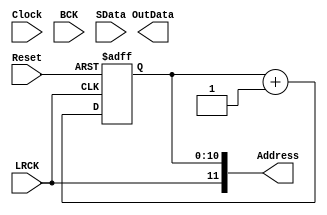
//Right Justified EBRRAM
/* Portlist
WaveCacher #(.bw_dpram().,bw_data()) wc
	(.Clock,.BCK(),.LRCK(),.Reset(),.SData().
	,.Address(),.OutData()); 
*/

module WaveCacher
	////////////////////////////////////////////////////
	// Parameters
#(
	parameter bw_dpram = 12,
	parameter bw_data = 16
)
	////////////////////////////////////////////////////
	// Ports
(
	input Clock,BCK,LRCK,Reset,SData,
	output [bw_dpram-1:0] Address, //EBRRAM Address
	output reg [bw_data-1:0] OutData
);
	
	////////////////////////////////////////////////////
	// Registers
	reg [23:0] r_Sreg;
	reg [bw_dpram-2:0] rAddress;
	
	//Shift Register
	always@ (posedge BCK or posedge Reset) begin	//Bit Clock
		if(Reset) begin
			r_Sreg	<= 1'b0 << bw_data-1;
		end else begin
			r_Sreg	<= {r_Sreg[22:0],SData};
		end
	end
	
	assign Address[bw_dpram-1] = LRCK;
	assign Address[bw_dpram-2:0] = rAddress;
	always@	(negedge LRCK or posedge Reset) begin	//LRClock
		if(Reset) begin
			rAddress	<= 0;
		end else begin
			rAddress <= rAddress + 1;
		end
	end
	
endmodule